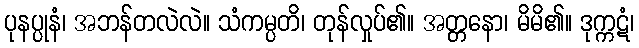
ပုနပ္ပုနံ၊ အဘန်တလဲလဲ။ သံကမ္ပတိ၊ တုန်လှုပ်၏။ အတ္တနော၊ မိမိ၏။ ဒုက္ကဋံ၊